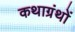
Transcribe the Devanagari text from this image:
कथाग्रंथों